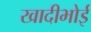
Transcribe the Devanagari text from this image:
खादीभोई